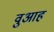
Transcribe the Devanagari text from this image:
वुआह